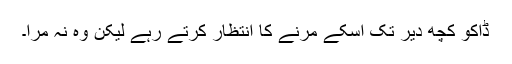
ڈاکو کچھ دیر تک اسکے مرنے کا انتظار کرتے رہے لیکن وہ نہ مرا۔